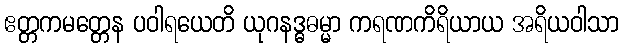
ဧတ္တကမတ္တေန ပဝါရယေတိ ယုဂနဒ္ဓဓမ္မာ ကရဏကိရိယာယ အရိယဝါသာ